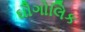
ઘૌગોલિક